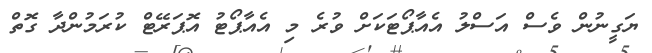
ޔަގީނުން ވެސް އަސްލު އެއާޕޯޓަކަށް ވުރެ މި އެއާޕޯޓު އޮޕަރޭޓް ކުރަމުންދާ ގޮތް